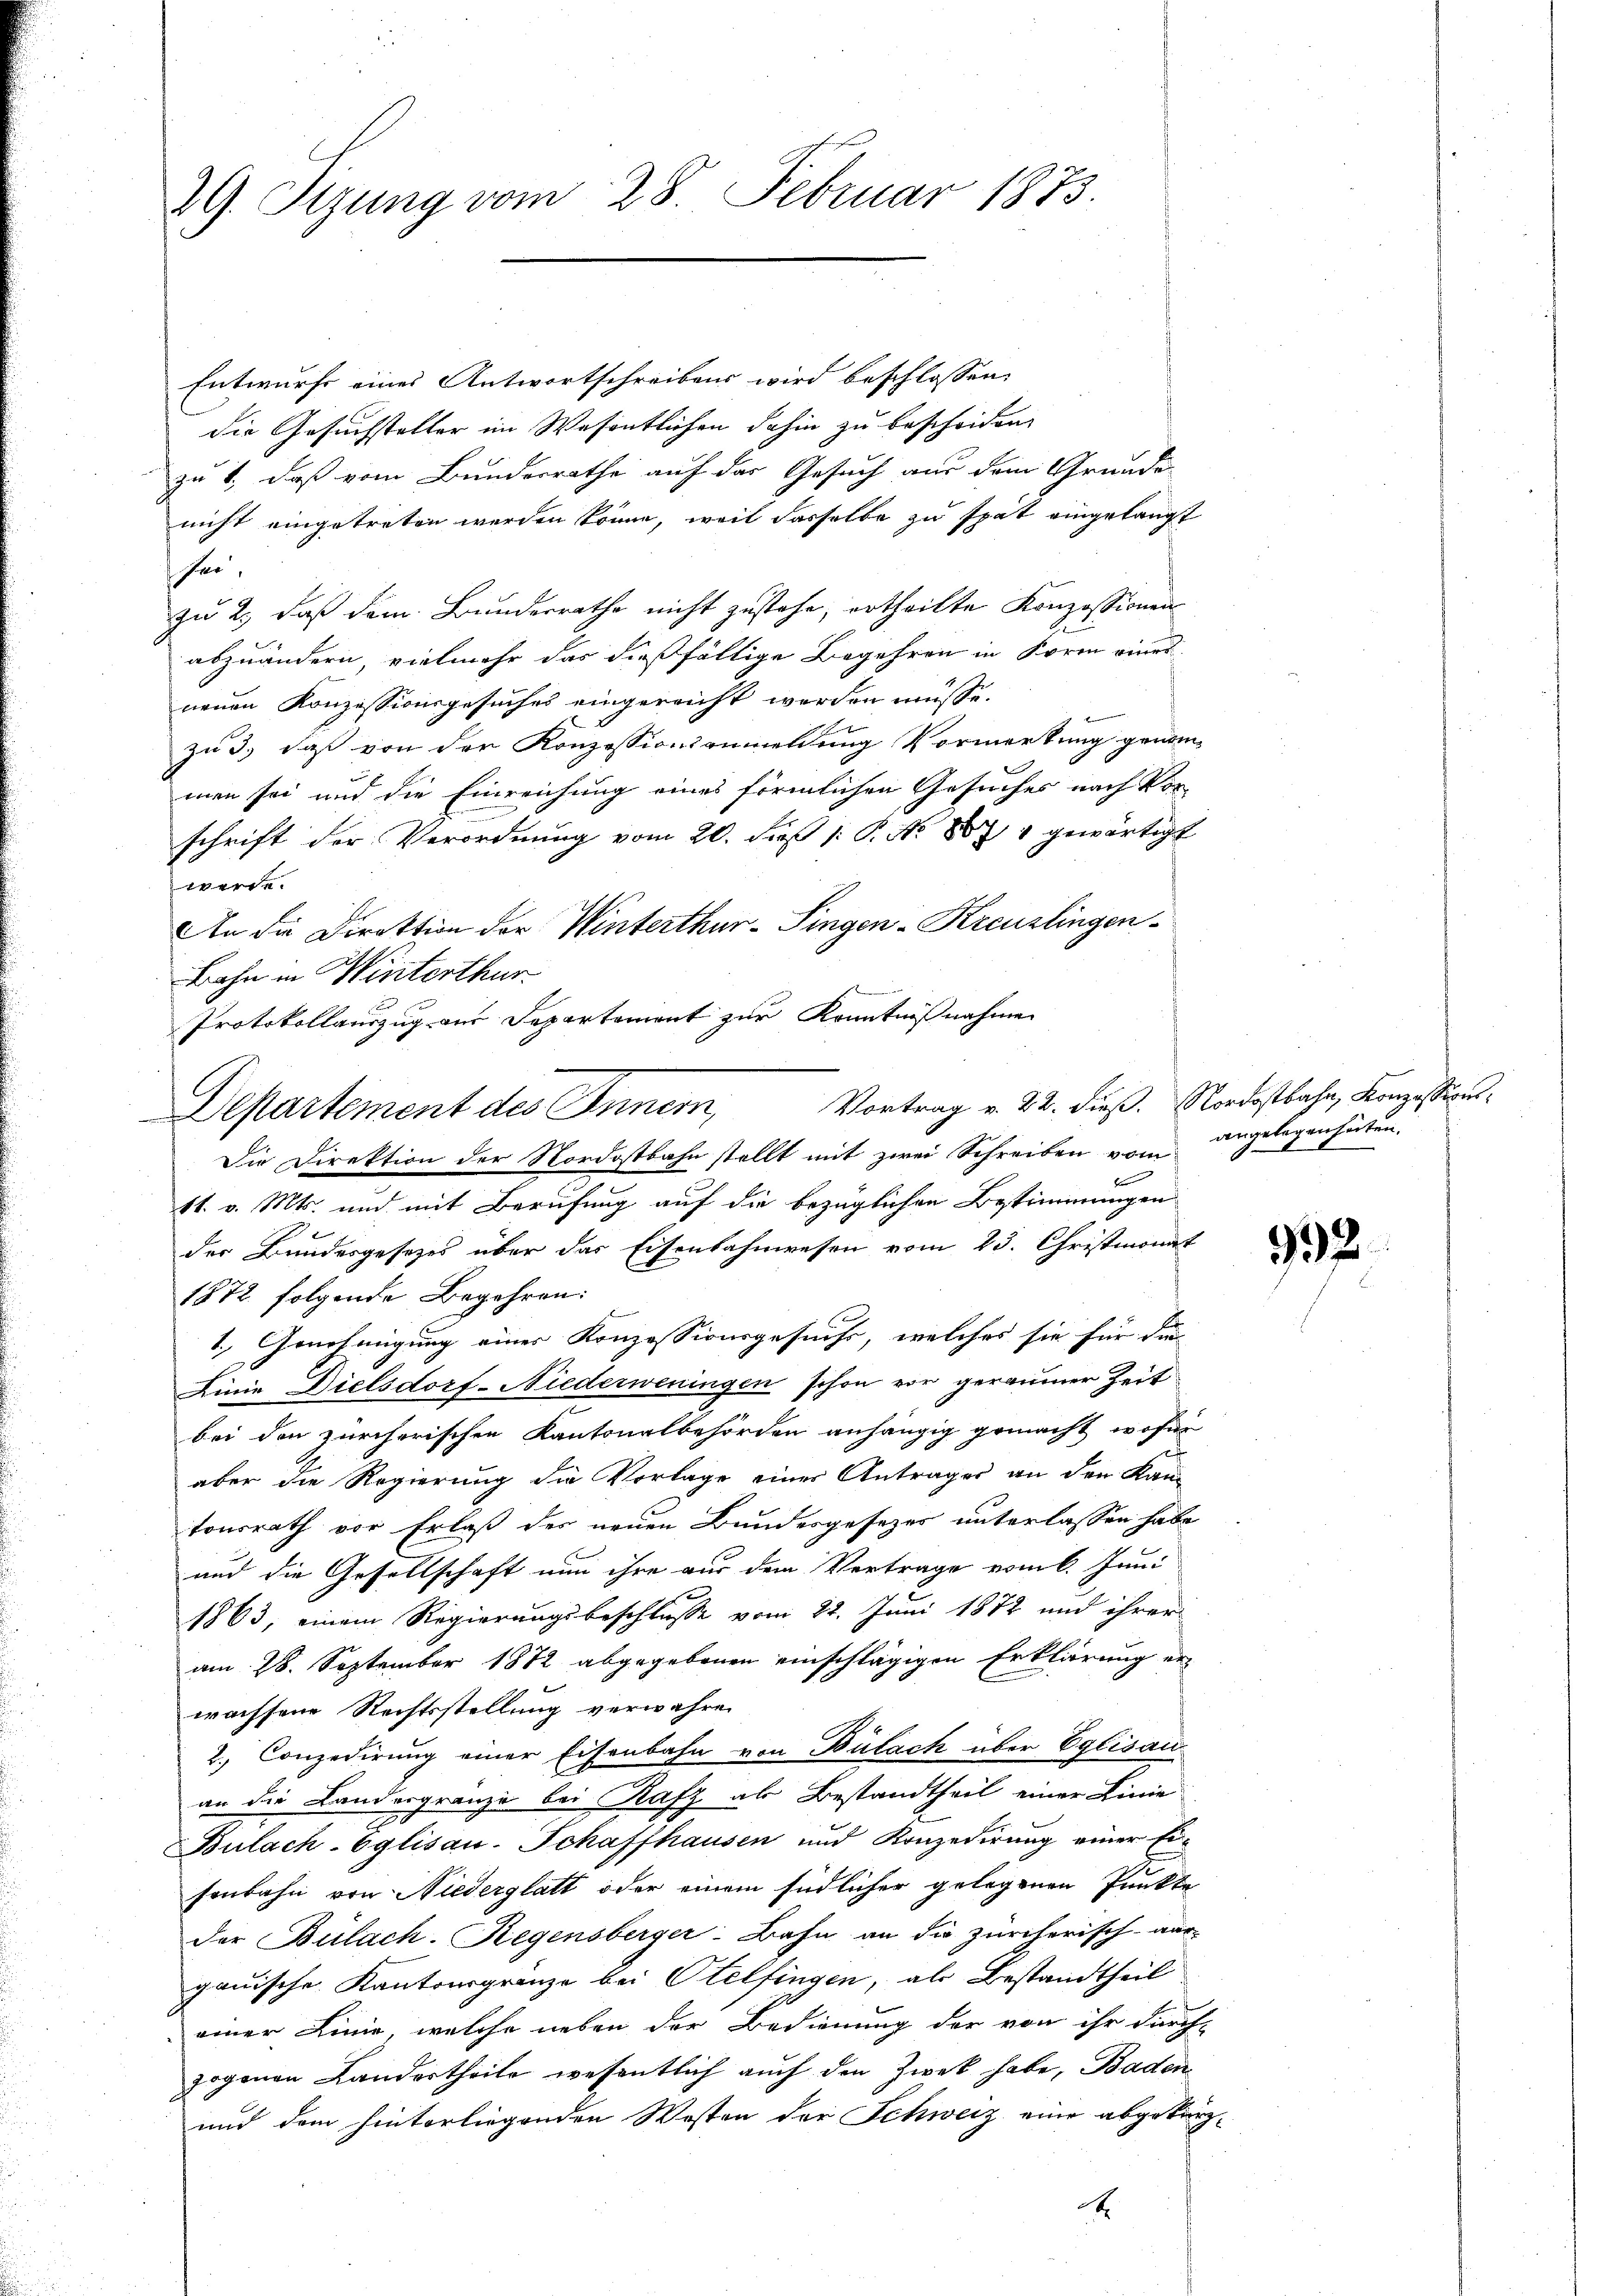
29. Sizung vom 28. Februar 1873.

Entwurfe eines Antwortschreibens wird beschlossen,
die Gesuchstalter im Wesentlichen dahin zu bescheiden,
zu 1., daß vom Bundesrathe auf das Gesuch aus dem Grunde
nicht eingetreten werden könne, weil dasselbe zu spät eingelangt
hei.
zu 2., daß dem Bundesrathe nicht zustehe, ertheilte Konzessionen
abzuändern, vielmehr das dießfällige Begehren in Form eines
neuen Konzessionsgesuches eingereicht werden müsse.
zu 3. daß von der Konzessionsanmeldung Vormerkung genom-
men sei und die Einreichung eines förmlichen Gesuches nach Vor-
schrift der Verordnung vom 20. Fuß 1: P. Nr. 8874 gewärtigt
werde.
An die Direktion der Winterthur–Singen-Kreuzlingen
Bahn in Winterthur
Protokollauszug aus Separtement zur Kenntnißnahmen
11. v. Mts. und mit Berufung auf die bezüglichen Bestimmungen
der Bundesgesezes über das Eisenbahnwesen vom 23. Christmonat
1872 folgende Begehren:
1.) Genehmigung einer Konzessionsgesuchs, welches sie für die
Linie Dielsdorf-Niederweningen schon vor geraumer Zeit
bei den zürcherischen Kantonalbehörden anhängig gemacht, wofür
aber die Regierung die Vorlage einer Antrages an den Kan-
tonsrath vor Erlaß der neuen Bundesgesezes unterlassen habe
und die Gesellschaft nun ihre aus dem Vertrage vom 6. Juni
1863, einem Regierungsbeschlusse vom 22. Juni 1872 und ihrer
am 28. September 1872 abgegebenen einschlägigen Erklärung erwachsene Rechtsstellung verwahren
2.) Conzedirung einer Eisenbahn von Bülach über Eglisau
an die Landergränze bei Rafz als Bestandtheil einer Linie
Bulach-Eglisau. Schaffhausen und Konzedirŭng einer Ei-
sonbahn von Niederglatt oder einem südlicher gelegenen Punkte
der Bülach. Regensberger: Bahn an die zürcherisch-ausgauische Kantonsgränze bei Otelfingen, als Bestandtheil
einer Linie, welche neben der Bedienung der von ihr durch-
zogenen Landertheile wesentlich auch den Zwek habe, Baden
und dem hinterliegenden Wosten der Schweiz eine abgeben
.

Departement des Innern,
Die Direktion der Nordostbahn stellt mit zwei Schreiben vom angelegen hüten.

Vortrag v. 22. dieß. Nordostbahn, Konzessions¬

1

992.